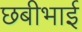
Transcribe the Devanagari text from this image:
छबीभाई